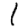
Digit: 1